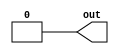
module top_module (
    output out);
assign out = 'b0;
endmodule